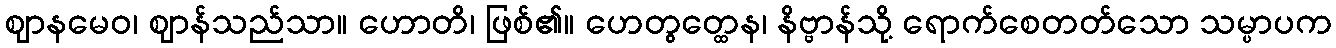
ဈာနမေဝ၊ ဈာန်သည်သာ။ ဟောတိ၊ ဖြစ်၏။ ဟေတွတ္ထေန၊ နိဗ္ဗာန်သို့ ရောက်စေတတ်သော သမ္ပာပက